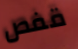
قفص